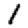
Digit: 1